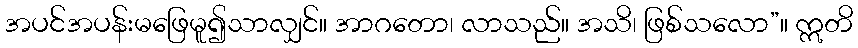
အပင်အပန်းမဖြေမူ၍သာလျှင်။ အာဂတော၊ လာသည်။ အသိ၊ ဖြစ်သလော”။ ဣတိ